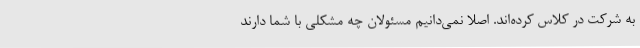
به شرکت در کلاس کرده‌اند. اصلا نمی‌دانیم مسئولان چه مشکلی با شما دارند